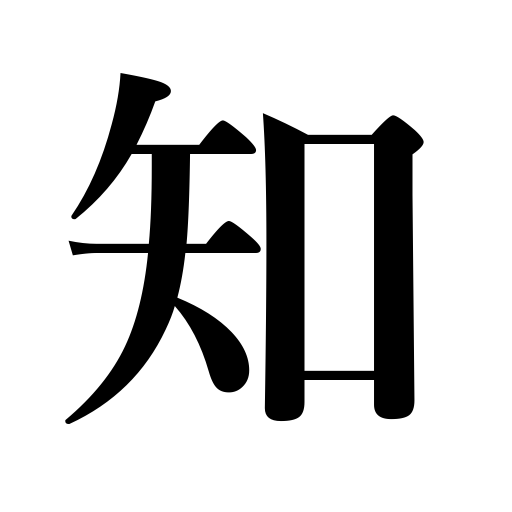
Meanings: be concerned with,understand,gather,feel,remember,notice,acquaintance,appreciate recognize,sense,infer,know,realize